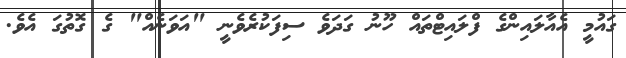
ގައުމީ އެއާލައިންގެ ފްލައިޓްތައް ހޫނު ގަދަވެ ސިފަކުރެވެނީ "އަވަނެއް" ގެ ގޮތުގަ އެވެ.